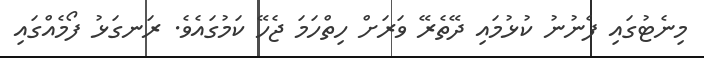
މިނެޓުގައި ފެނުނު ކުޅުމައި ދޭތެރޭ ވަރަށް ހިތްހަމަ ޖެހޭ ކަމުގައެވެ. ރަނގަޅު ފޯމެއްގައި